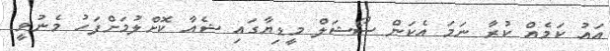
އައު ކަމެއް ކުރާ ނަމަ އެކަން ސޯޝަލް މީޑިޔާގައި ޝެއާ ކޮށްލުމަށްފަހު މެނުވީ